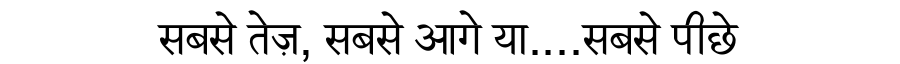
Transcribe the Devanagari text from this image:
सबसे तेज़, सबसे आगे या....सबसे पीछे